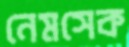
নেমসেক